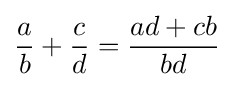
{\frac {a}{b}}+{\frac {c}{d}}={\frac {ad+cb}{bd}}